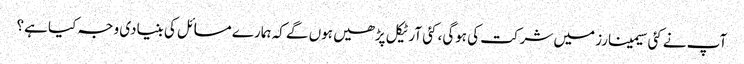
آپ نے کئی سیمینارز میں شرکت کی ہوگی، کئی آرٹیکل پڑھیں ہوں گے کہ ہمارے مسائل کی بنیادی وجہ کیا ہے؟